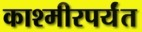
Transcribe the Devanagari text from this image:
काश्मीरपर्यंत